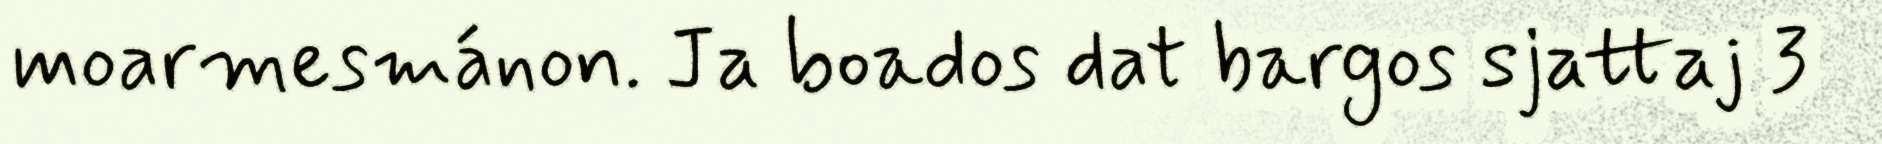
moarmesmánon. Ja boados dat bargos sjattaj 3